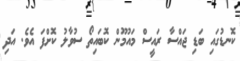
ކޮނޑުގައި ބަޑި ޖައްސާ ރައީސް މައުމޫން ކޮބައިތޯ ސުވާލު ކޮށްފަ އެވެ. އަދި